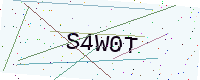
Text: S4W0T